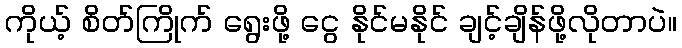
ကိုယ့် စိတ်ကြိုက် ရွေးဖို့ ငွေ နိုင်မနိုင် ချင့်ချိန်ဖို့လိုတာပဲ။